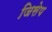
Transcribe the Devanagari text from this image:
जिसेप